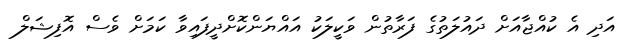
އަދި އެ ކުއްޖާއަށް ދައުލަތުގެ ފަރާތުން ވަކީލަކު އައްޔަންކޮށްދީފައިވާ ކަމަށް ވެސް އޮފިޝަލް